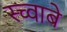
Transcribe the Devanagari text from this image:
स्च्वाबे